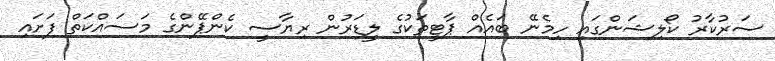
ސަރުކާރު ކޯލިޝަންގައި ހިމެނޭ ބައެއް ޕާޓީތަކުގެ ލީޑަރުން ރިޔާސީ ކެންޕޭންގެ މަސައްކަތް ފަށައި